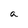
Character: a